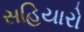
સહિયારો